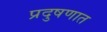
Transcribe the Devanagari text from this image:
प्रदुषणात